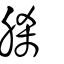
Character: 脎